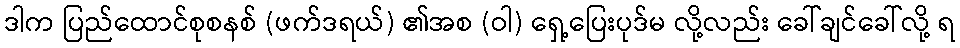
ဒါက ပြည်ထောင်စုစနစ် (ဖက်ဒရယ်) ၏အစ (ဝါ) ရှေ့ပြေးပုဒ်မ လို့လည်း ခေါ်ချင်ခေါ်လို့ ရ